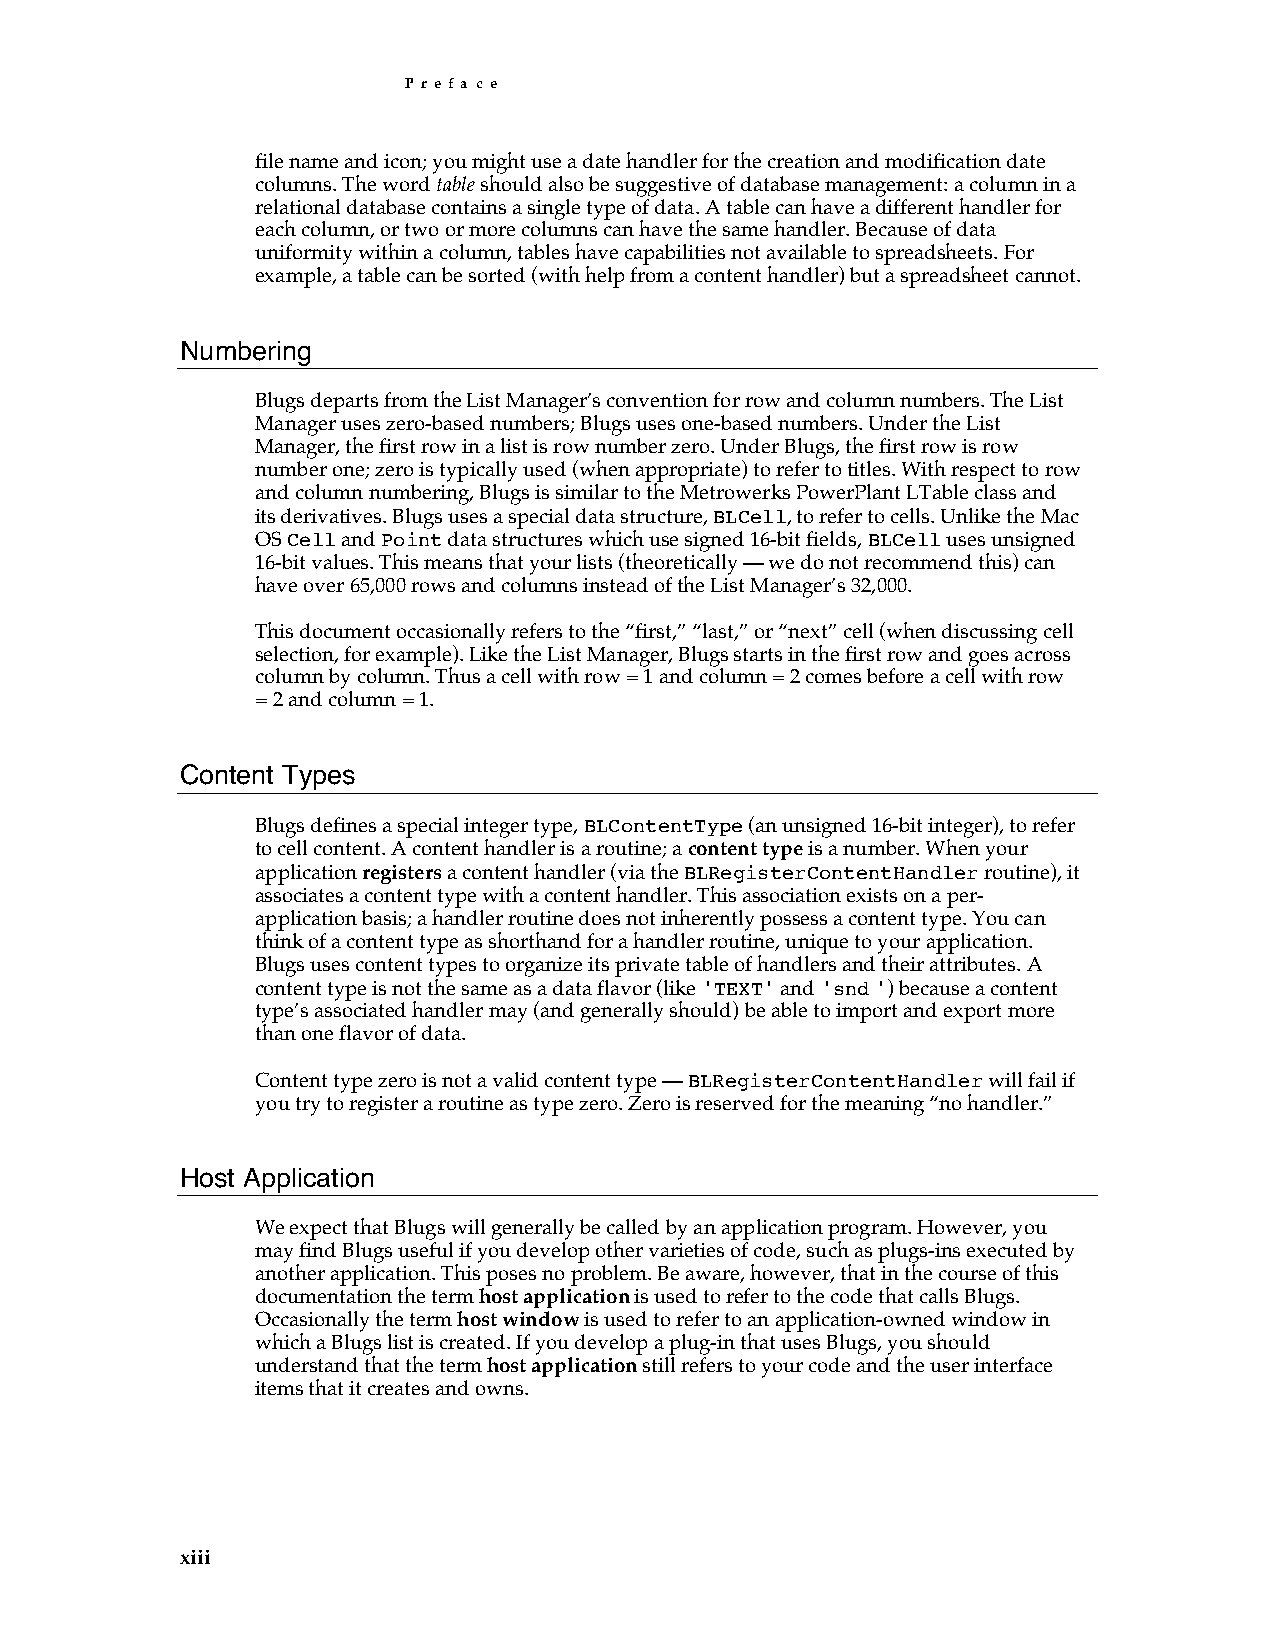
P r e f a c e
 file name and icon; you might use a date handler for the creation and modification date
 columns. The word table should also be suggestive of database management: a column in a
 relational database contains a single type of data. A table can have a different handler for
 each column, or two or more columns can have the same handler. Because of data
 uniformity within a column, tables have capabilities not available to spreadsheets. For
 example, a table can be sorted (with help from a content handler) but a spreadsheet cannot.
 Numbering
 Blugs departs from the List Manager’s convention for row and column numbers. The List
 Manager uses zero-based numbers; Blugs uses one-based numbers. Under the List
 Manager, the first row in a list is row number zero. Under Blugs, the first row is row
 number one; zero is typically used (when appropriate) to refer to titles. With respect to row
 and column numbering, Blugs is similar to the Metrowerks PowerPlant LTable class and
 its derivatives. Blugs uses a special data structure, BLCell, to refer to cells. Unlike the Mac
 OS Cell and Point data structures which use signed 16-bit fields, BLCell uses unsigned
 16-bit values. This means that your lists (theoretically — we do not recommend this) can
 have over 65,000 rows and columns instead of the List Manager’s 32,000.
 This document occasionally refers to the “first,” “last,” or “next” cell (when discussing cell
 selection, for example). Like the List Manager, Blugs starts in the first row and goes across
 column by column. Thus a cell with row = 1 and column = 2 comes before a cell with row
 = 2 and column = 1.
 Content Types
 Blugs defines a special integer type, BLContentType (an unsigned 16-bit integer), to refer
 to cell content. A content handler is a routine; a content type is a number. When your
 application registers a content handler (via the BLRegisterContentHandler routine), it
 associates a content type with a content handler. This association exists on a per-
 application basis; a handler routine does not inherently possess a content type. You can
 think of a content type as shorthand for a handler routine, unique to your application.
 Blugs uses content types to organize its private table of handlers and their attributes. A
 content type is not the same as a data flavor (like 'TEXT' and 'snd ') because a content
 type’s associated handler may (and generally should) be able to import and export more
 than one flavor of data.
 Content type zero is not a valid content type — BLRegisterContentHandler will fail if
 you try to register a routine as type zero. Zero is reserved for the meaning “no handler.”
 Host Application
 We expect that Blugs will generally be called by an application program. However, you
 may find Blugs useful if you develop other varieties of code, such as plugs-ins executed by
 another application. This poses no problem. Be aware, however, that in the course of this
 documentation the term host application is used to refer to the code that calls Blugs.
 Occasionally the term host window is used to refer to an application-owned window in
 which a Blugs list is created. If you develop a plug-in that uses Blugs, you should
 understand that the term host application still refers to your code and the user interface
 items that it creates and owns.
 xiii